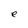
Character: e